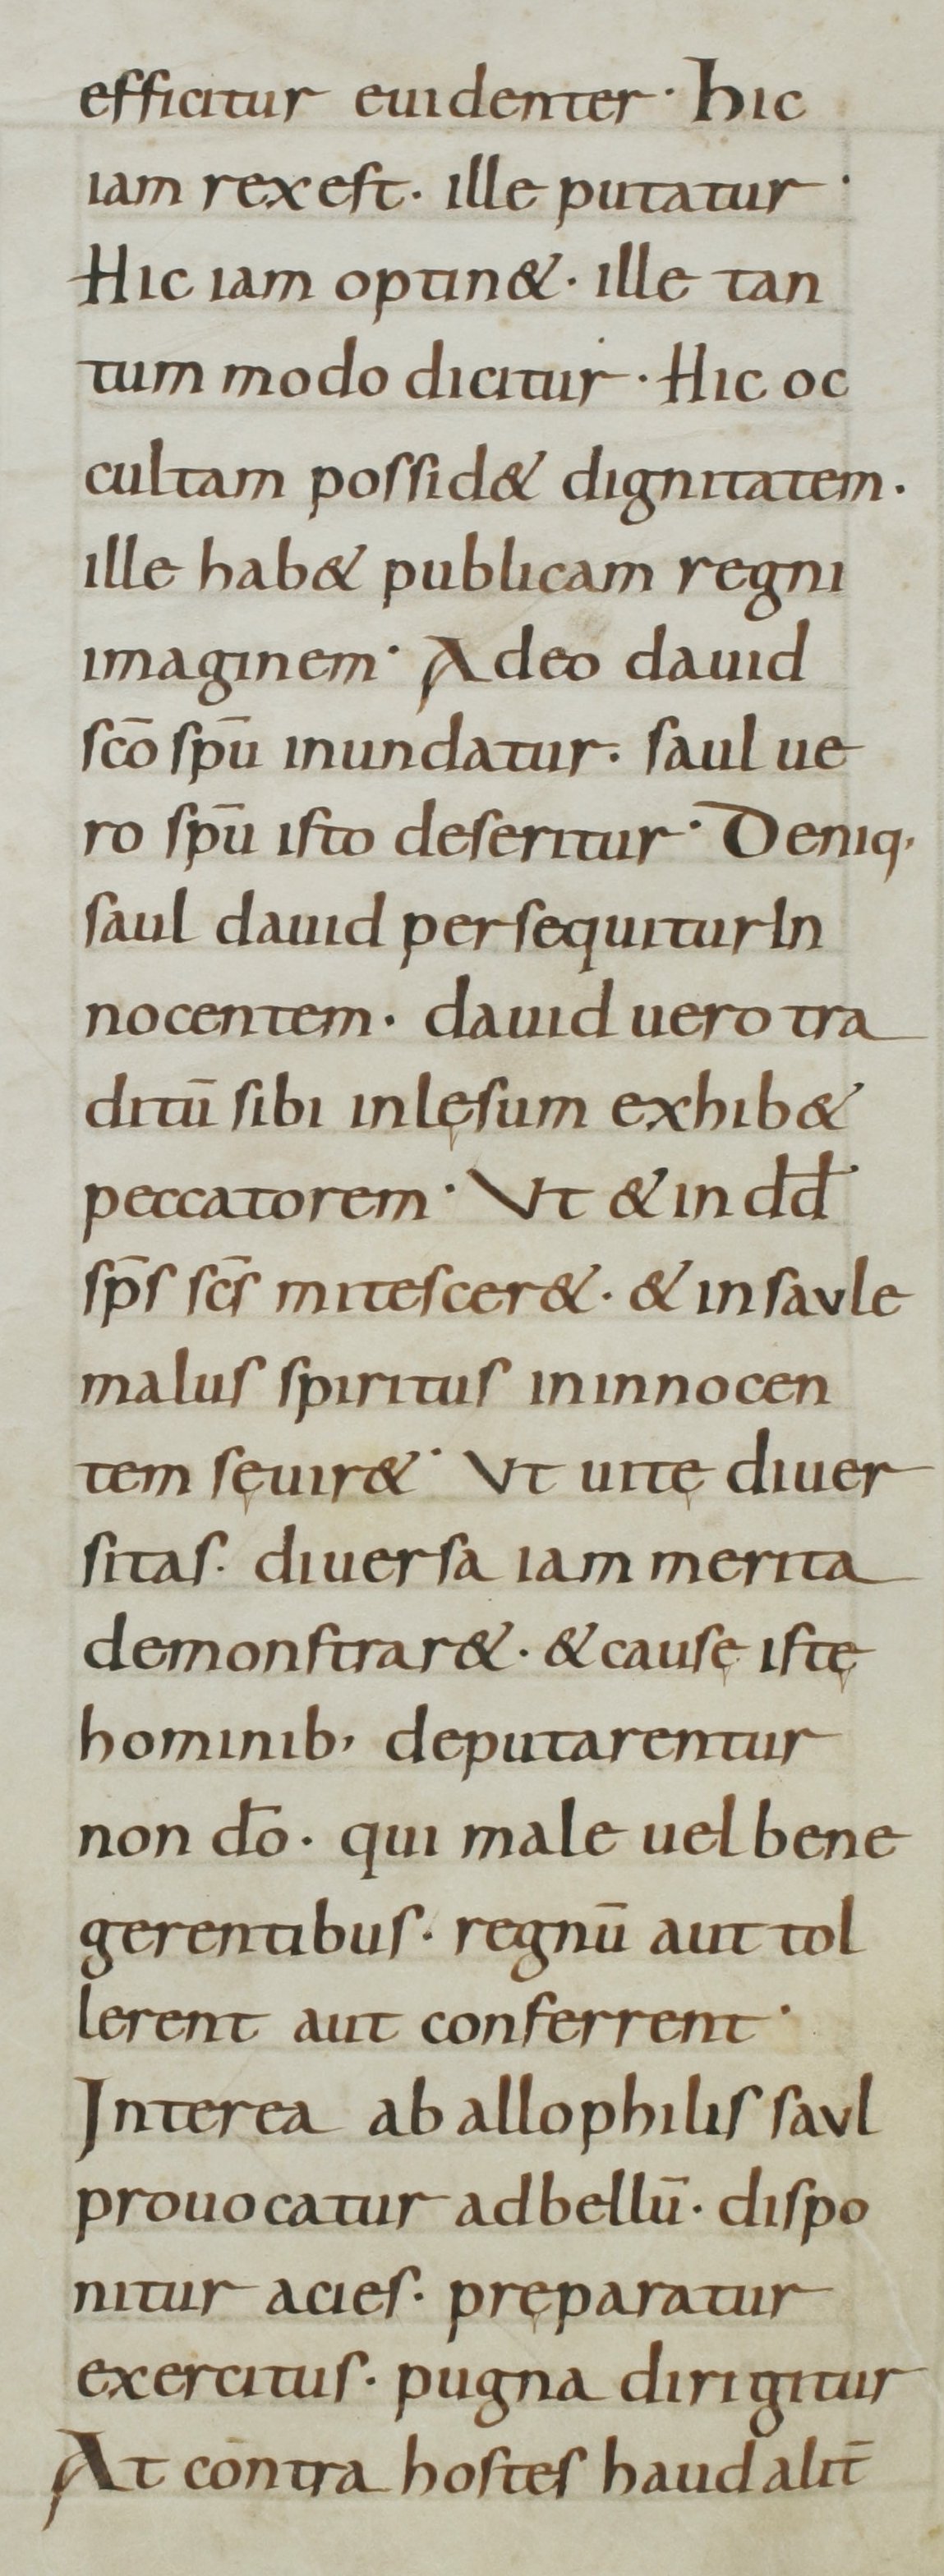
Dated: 800–899